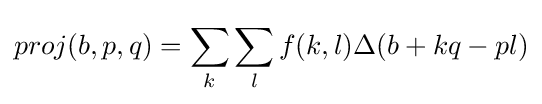
proj(b,p,q)=\sum _{k}^{}\sum _{l}^{}f(k,l)\Delta (b+kq-pl)